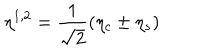
LaTeX: \eta ^ { 1 , 2 } = \frac { 1 } { \sqrt { 2 } } ( \eta _ { c } \pm \eta _ { s } )